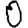
Digit: 0